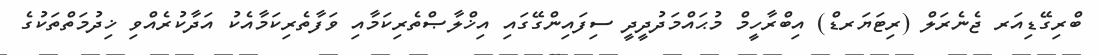
ބްރިގޭޑިއަރ ޖެނެރަލް (ރިޓަޔަރޑް) އިބްރާހީމް މުޙައްމަދުދީދީ ސިފައިންގޭގައި އިޚްލާޞްތެރިކަމާއި ވަފާތެރިކަމާއެކު އަދާކުރެއްވި ޚިދުމަތްތަކުގެ